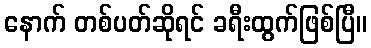
နောက် တစ်ပတ်ဆိုရင် ခရီးထွက်ဖြစ်ပြီ။